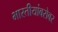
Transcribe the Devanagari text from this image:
भारतीयांबरोबर